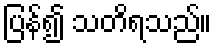
ပြန်၍ သတိရသည်။